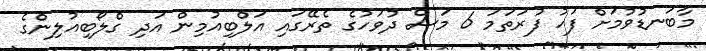
މާބަނޑުވުމަށް ފަހު ފުރަތަމަ 6 މަސް ދުވަހުގެ ތެރޭގައި އަލްބިއުމިން އަދި ގްލޯބިއުލިންގެ